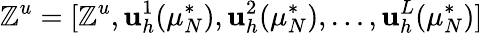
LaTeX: \mathbb{Z}^{u}=[\mathbb{Z}^{u},\textbf{u}_{h}^{1}(\mu_{N}^{*}),\textbf{u}_{h}^{2}(\mu_{N}^{*}),\dots,\textbf{u}_{h}^{L}(\mu_{N}^{*})]